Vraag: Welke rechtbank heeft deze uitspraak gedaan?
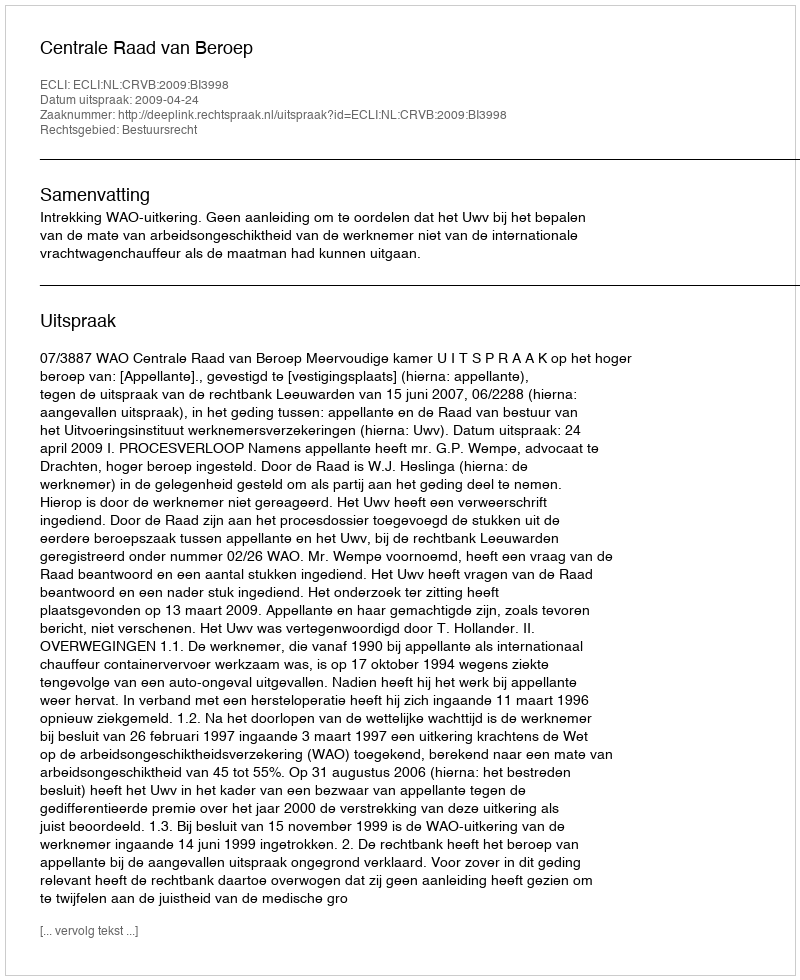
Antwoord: Centrale Raad van Beroep